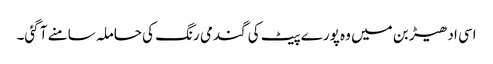
اسی ادھیڑ بن میں وہ پورے پیٹ کی گندمی رنگ کی حاملہ سامنے آ گئی۔